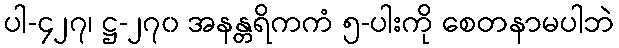
ပါ-၄၂၇၊ ဋ္ဌ-၂၇၀ အနန္တရိကကံ ၅-ပါးကို စေတနာမပါဘဲ